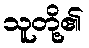
သူတို့၏